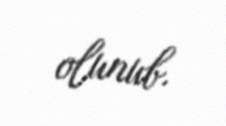
olunub.